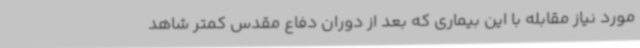
مورد نیاز مقابله با این بیماری که بعد از دوران دفاع مقدس کمتر شاهد